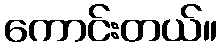
ကောင်းတယ်။